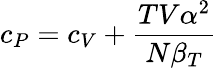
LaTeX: c_{P}=c_{V}+{\frac{TV\alpha^{2}}{N\beta_{T}}}